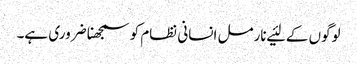
لوگوں‌ کے لئیے نارمل انسانی نظام کو سمجھنا ضروری ہے۔